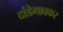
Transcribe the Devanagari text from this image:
दांडेगावकर